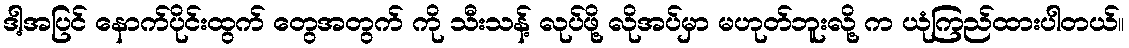
ဒါ့အပြင် နောက်ပိုင်းထွက် တွေအတွက် ကို သီးသန့် လုပ်ဖို့ လိုအပ်မှာ မဟုတ်ဘူးလို့ က ယုံကြည်ထားပါတယ်။